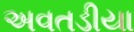
અવતડીયા